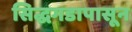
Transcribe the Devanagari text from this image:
सिद्धगडापासून